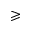
\geqslant